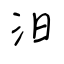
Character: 汨